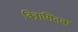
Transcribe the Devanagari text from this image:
वित्रासितक